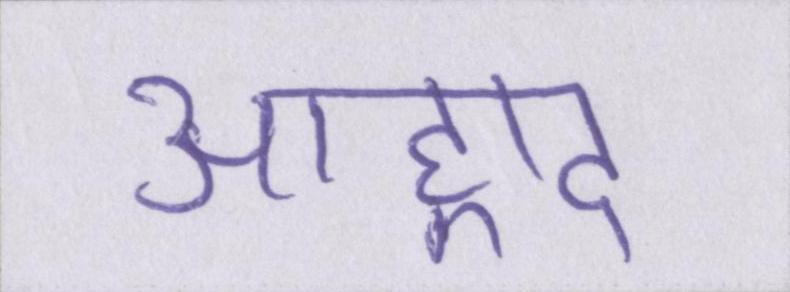
आह्लाद